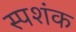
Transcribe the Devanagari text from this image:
स्पशंक